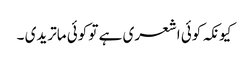
کیونکہ کوئی اشعری ہے تو کوئی ماتریدی ۔